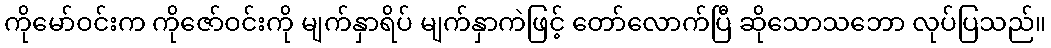
ကိုမော်ဝင်းက ကိုဇော်ဝင်းကို မျက်နှာရိပ် မျက်နှာကဲဖြင့် တော်လောက်ပြီ ဆိုသောသဘော လုပ်ပြသည်။